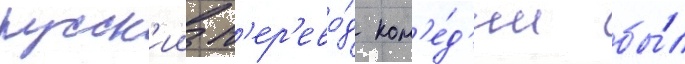
русск'ии п'ер'ево́д ком'е́д'ии бы́л